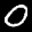
Label: 0